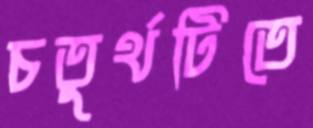
চতুর্থটিতে